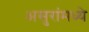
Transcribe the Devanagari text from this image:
असुरांमध्ये